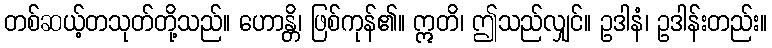
တစ်ဆယ့်တသုတ်တို့သည်။ ဟောန္တိ၊ ဖြစ်ကုန်၏။ ဣတိ၊ ဤသည်လျှင်။ ဥဒါနံ၊ ဥဒါန်းတည်း။